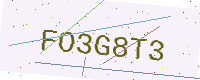
Text: FO3G8T3